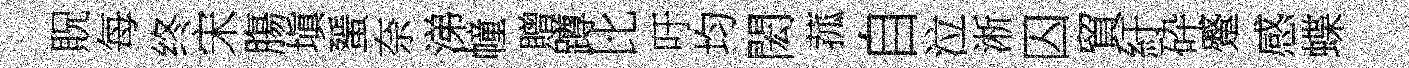
貺每终宋膓塡蜑奈涕幢贈蹲比吁均閎菰自泣淅囚貿紆砕蹙感蝶